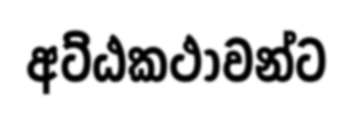
අට්ඨකථාවන්ට